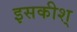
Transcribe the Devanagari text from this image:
इसकीश्